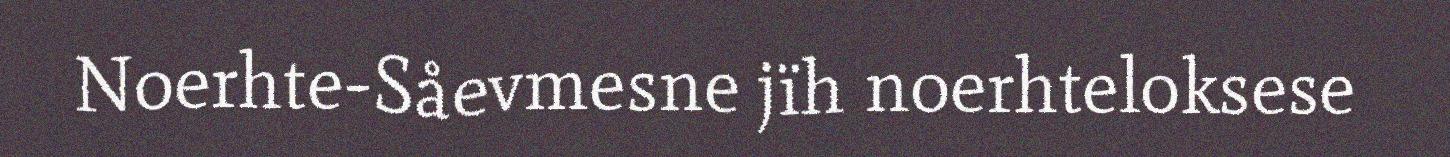
Noerhte-Såevmesne jïh noerhteloksese